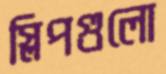
স্লিপগুলো